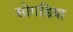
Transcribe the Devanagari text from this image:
सोगडिया